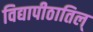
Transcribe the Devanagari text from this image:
विद्यापीठातिल्